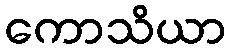
ကောသိယာ